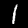
Label: 1